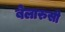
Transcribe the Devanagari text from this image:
बेलारुसी